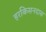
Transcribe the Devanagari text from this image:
हरकिसनदास